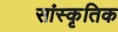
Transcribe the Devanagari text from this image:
सांस्‍कृतिक